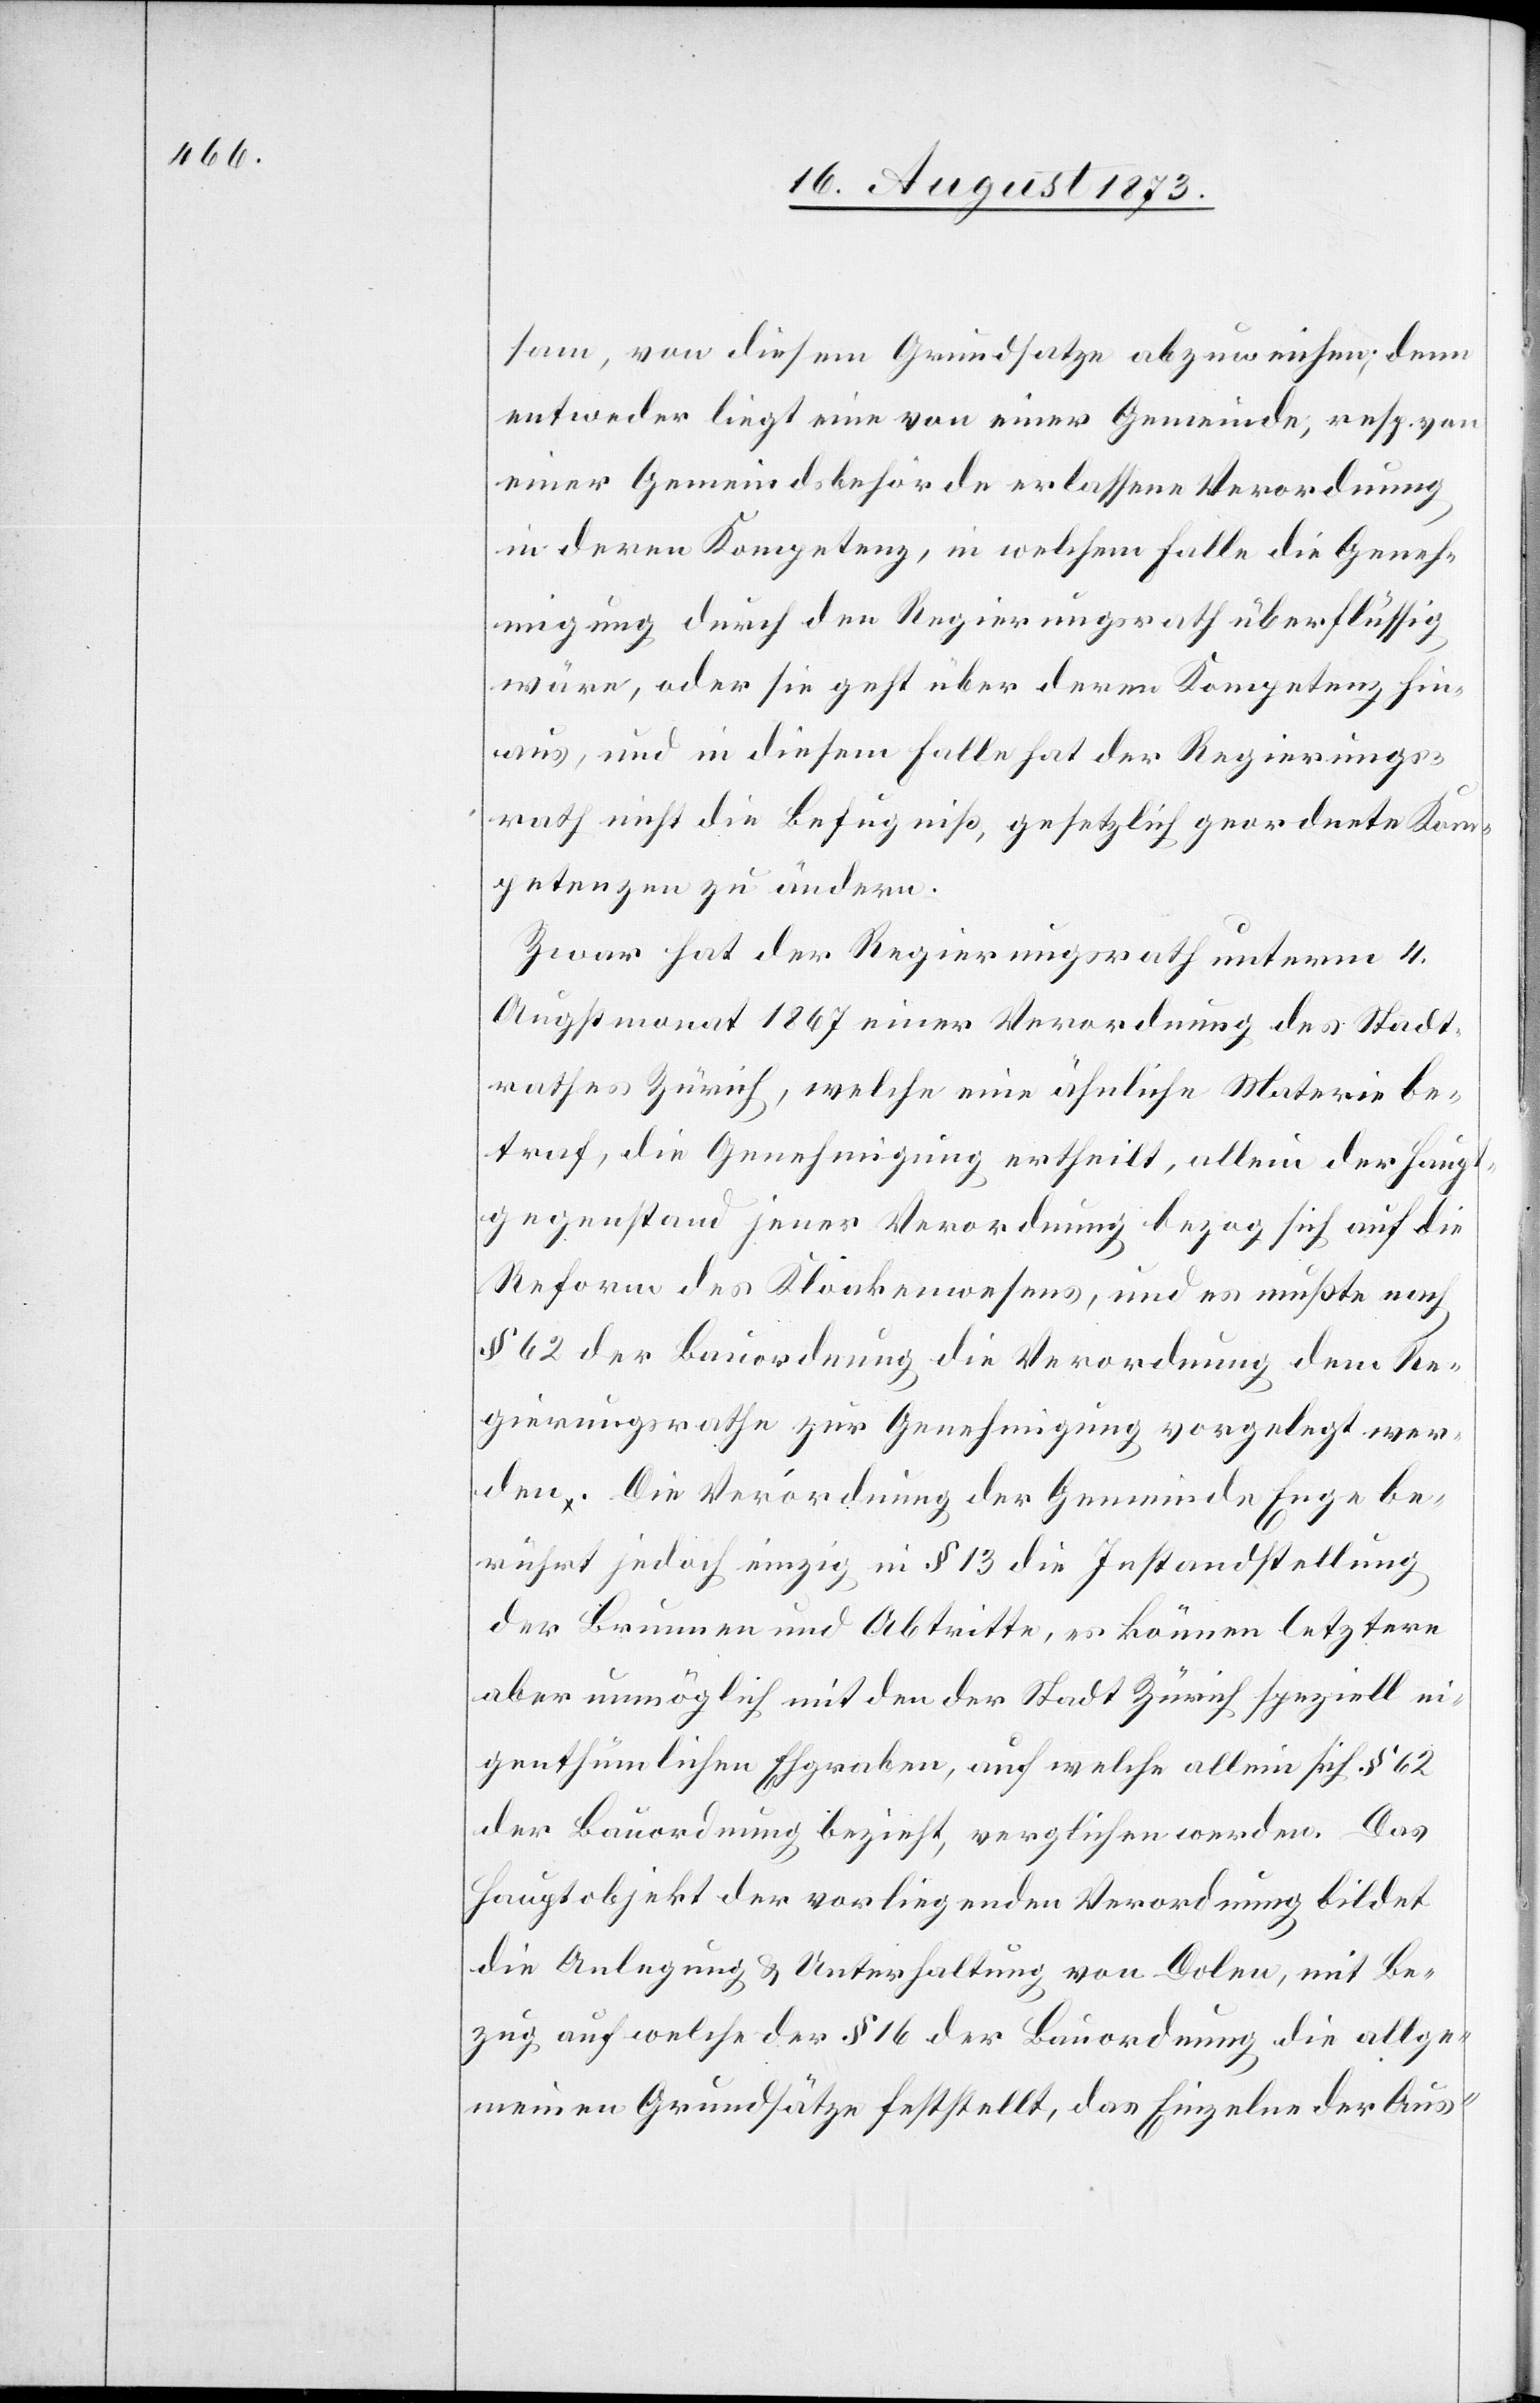
sam, von diesem Grundsatze abzuweichen; denn
entweder liegt eine von einer Gemeinde, resp. von
einer Gemeindsbehörde erlassene Verordnung
in deren Kompetenz, in welchem Falle die Geneh¬
migung durch den Regierungsrath überflüssig
wäre, oder sie geht über deren Kompetenz hin¬
aus, und in diesem Falle hat der Regierungs¬
rath nicht die Befugniß, gesetzlich geordnete Kom¬
petenzen zu ändern.
Zwar hat der Regierungsrath unterm 4.
Augstmonat 1867 einer Verordnung des Stadt¬
rathes Zürich, welche eine ähnliche Materie be¬
traf, die Genehmigung ertheilt, allein der Haupt¬
gegenstand jener Verordnung bezog sich auf die
Reform des Kloakenwesens, und es mußte nach
§ 62 der Bauordnung die Verordnung dem Re¬
gierungsrathe zur Genehmigung vorgelegt wer¬
den. Die Verordnung der Gemeinde Enge be¬
rührt jedoch einzig in § 13 die Instandstellung
der Brunnen und Abtritte, es können letztere
aber unmöglich mit den der Stadt Zürich speziell ei¬
genthümlichen Ehgraben, auf welche allein sich § 62
der Bauordnung bezieht, verglichen werden. Das
Hauptobjekt der vorliegenden Verordnung bildet
die Anlegung & Unterhaltung von Dolen, mit Be¬
zug auf welche der § 16 der Bauordnung die allge¬
meinen Grundsätze feststellt, das Einzelne der Aus-